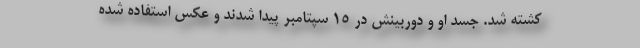
کشته شد. جسد او و دوربینش در ۱۵ سپتامبر پیدا شدند و عکس استفاده شده